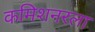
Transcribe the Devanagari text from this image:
कमिशनरला